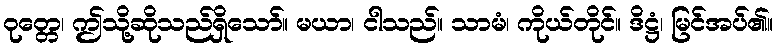
ဝုတ္တေ၊ ဤသို့ဆိုသည်ရှိသော်။ မယာ၊ ငါသည်။ သာမံ၊ ကိုယ်တိုင်။ ဒိဋ္ဌံ၊ မြင်အပ်၏။